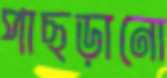
পাছড়ানো